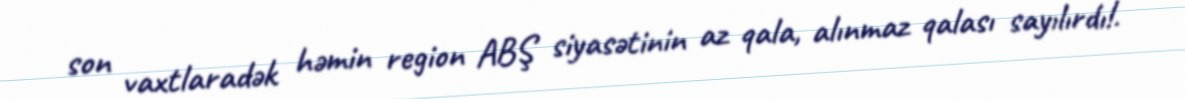
son vaxtlaradək həmin region ABŞ siyasətinin az qala, alınmaz qalası sayılırdı!.